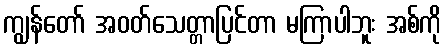
ကျွန်တော် အဝတ်သေတ္တာပြင်တာ မကြာပါဘူး အစ်ကို